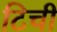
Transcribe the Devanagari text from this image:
टिची